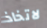
لاتخاذ